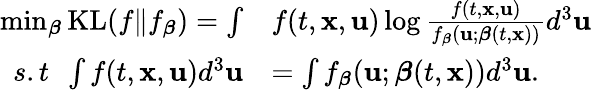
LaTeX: \begin{array}{rl}{\operatorname*{min}_{\boldsymbol{\beta}}\mathrm{KL}(f\| f_{\boldsymbol{\beta}})=\int}&{f(t,\mathbf{x},\mathbf{u})\log\frac{f(t,\mathbf{x},\mathbf{u})}{f_{\boldsymbol{\beta}}(\mathbf{u};\boldsymbol{\beta}(t,\mathbf{x}))}d^{3}\mathbf{u}}\\ {s.t\ \ \int f(t,\mathbf{x},\mathbf{u})d^{3}\mathbf{u}}&{=\int f_{\boldsymbol{\beta}}(\mathbf{u};\boldsymbol{\beta}(t,\mathbf{x}))d^{3}\mathbf{u}.}\end{array}